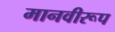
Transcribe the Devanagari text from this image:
मानवीरूप